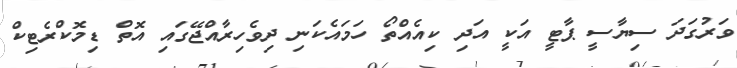
ވަރުގަދަ ސިޔާސީ ޕާޓީ އަކީ އަދި ކިއެއްތޯ ހަމައެކަނި ދިވެހިރާއްޖޭގައި އޮތް ޑިމޮކްރެޓިކް